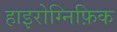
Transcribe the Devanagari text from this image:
हाइरोग्निफ़िक